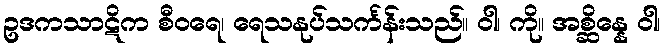
ဥဒကသာဋိက စီဝရေ၊ ရေသနုပ်သင်္ကန်းသည်။ ဝါ၊ ကို။ အစ္ဆိန္နေ ဝါ၊